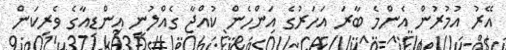
އޭރު އުމުރުން އެންމެ ބާރަ އަހަރުގެ އަންހެން ކުއްޖާ ގެއްލުނީ އިންޑިއާގެ ވެރިކަން